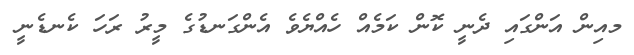
މއިން އަންގައި ދެނީ ކޮން ކަމެއް ހެއްޔެވެ އެންގަނޑުގެ މީރު ރަހަ ކެނޑެނީ